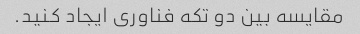
مقایسه بین دو تکه فناوری ایجاد کنید.